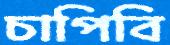
চাপিবি